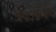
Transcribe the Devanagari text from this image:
जैवउपचार